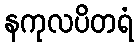
နကုလပိတရံ